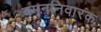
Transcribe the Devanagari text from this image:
वमननिवारक